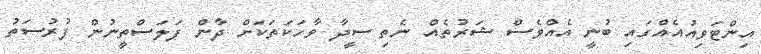
އިންޓަވިއުއެއްގައި ބުނީ އެއްވެސް ޝަރުތެއް ނެތި ސީދާ ވާހަކަތަކަށް ދާން ފަލަސްތީނުން ފުރުސަތު